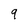
Character: 9